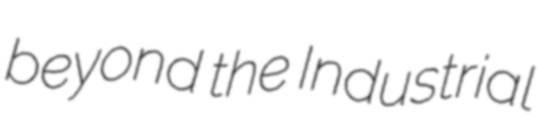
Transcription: beyond the Industrial